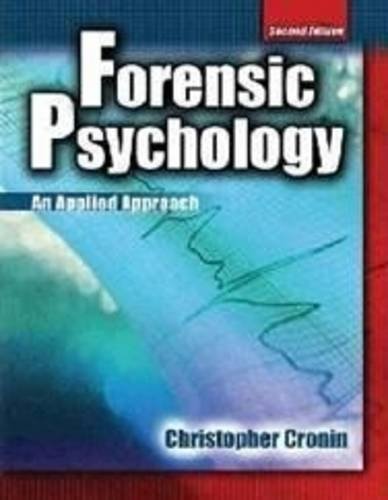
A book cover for Forensic Psychology; CRONIN  CHRISTOPHER; Medical Books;